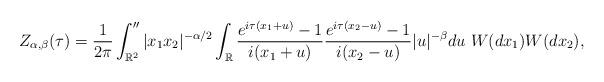
LaTeX: \begin{align*}Z_{\alpha,\beta}(\tau)=\frac{1}{2\pi}\int_{\mathbb{R}^2}'' |x_1x_2|^{-\alpha/2}\int_{\mathbb{R}} \frac{e^{i\tau(x_1+u)}-1}{i(x_1+u)}\frac{e^{i\tau(x_2-u)}-1}{i(x_2-u)} |u|^{-\beta}du~ W(dx_1)W(dx_2),\end{align*}